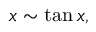
x \sim \tan x ,